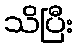
သိပြီး